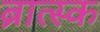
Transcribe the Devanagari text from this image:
ब्रात्स्क